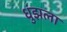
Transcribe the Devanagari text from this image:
धुंझला